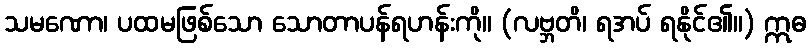
သမဏော၊ ပထမဖြစ်သော သောတာပန်ရဟန်းကို။ (လဗ္ဘတိ၊ ရအပ် ရနိုင်၏။) ဣဓ